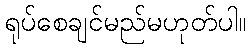
ရုပ်စေချင်မည်မဟုတ်ပါ။